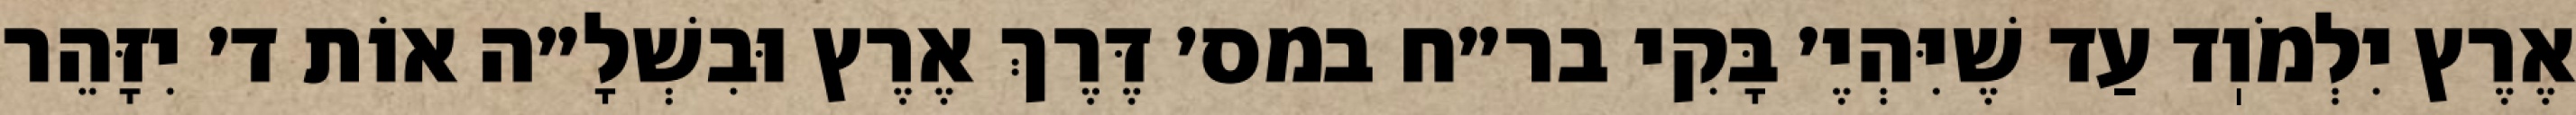
אֶרֶץ יִלְמֹוֽד עַד שֶׁיִּהְיֶ׳ בָּקִי בר״ח במס׳ דֶּרֶךְ אֶרֶץ וּבִשְׁלָ״ה אוֹת ד׳ יִזָּהֵר